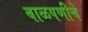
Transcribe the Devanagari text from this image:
बाळपणीचे